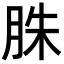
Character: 䏭